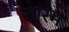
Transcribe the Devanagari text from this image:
खारम